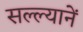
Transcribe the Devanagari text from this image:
सल्ल्यानें